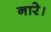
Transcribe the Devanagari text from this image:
नारे।